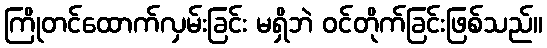
ကြိုတင်ထောက်လှမ်းခြင်း မရှိဘဲ ဝင်တိုက်ခြင်းဖြစ်သည်။